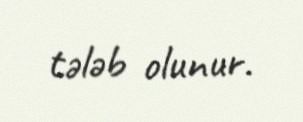
tələb olunur.